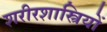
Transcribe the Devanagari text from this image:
शरीरशास्त्रियों